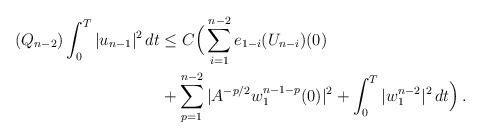
LaTeX: \begin{align*} (Q_{n-2}) \int_0^T |u_{n-1}|^2 \,dt & \le C\Big(\sum_{i=1}^{n-2} e_{1-i}(U_{n-i})(0) \\& + \sum_{p=1}^{n-2} |A^{-p/2} w_{1}^{n-1-p}(0)|^2 +\int_0^T |w_{1}^{n-2}|^2 \,dt\Big) \,.\end{align*}